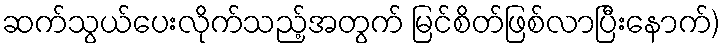
ဆက်သွယ်ပေးလိုက်သည့်အတွက် မြင်စိတ်ဖြစ်လာပြီးနောက်)